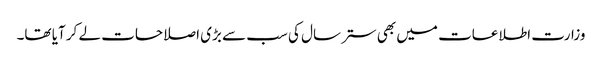
وزارت اطلاعات میں بھی ستر سال کی سب سے بڑی اصلاحات لے کر آیا تھا۔